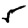
Digit: 5